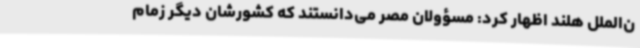
ن‌الملل هلند اظهار کرد: مسؤولان مصر می‌دانستند که کشورشان دیگر زمام